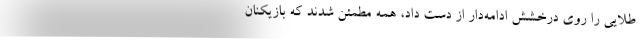
طلایی را روی درخشش ادامه‌دار از دست داد، همه مطمئن شدند که بازیکنان